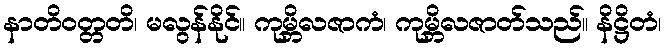
နာတိဝတ္တတိ၊ မလွန်နိုင်။ ကုမ္ဘိလဇာကံ၊ ကုမ္ဘိလဇာတ်သည်။ နိဋ္ဌိတံ၊